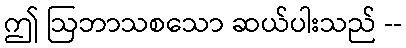
ဤ ဩဘာသစသော ဆယ်ပါးသည် --